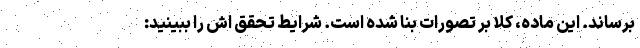
برساند. این ماده، کلا بر تصورات بنا شده است. شرایط تحقق اش را ببینید: